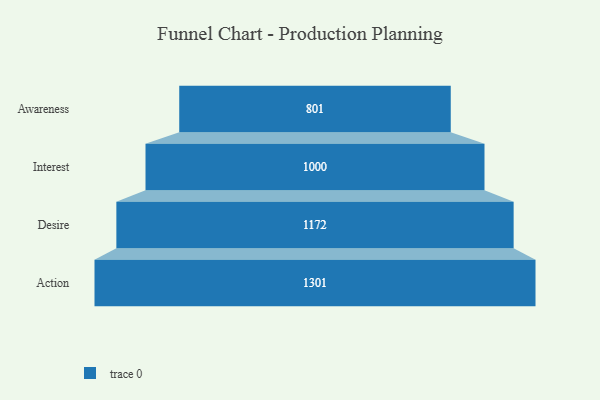
{"axis": {"x": "Stage", "y": "Value"}, "legend": [""], "data": [{"x": "Awareness", "y": 801.0, "type": ""}, {"x": "Interest", "y": 1000.0, "type": ""}, {"x": "Desire", "y": 1172.0, "type": ""}, {"x": "Action", "y": 1301.0, "type": ""}]}